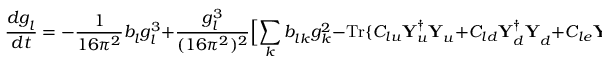
{ \frac { d g _ { l } ^ { } } { d t } } = - { \frac { 1 } { 1 6 \pi ^ { 2 } } } b _ { l } ^ { } g _ { l } ^ { 3 } + { \frac { g _ { l } ^ { 3 } } { ( 1 6 \pi ^ { 2 } ) ^ { 2 } } } \Bigl [ \sum _ { k } b _ { l k } ^ { } g _ { k } ^ { 2 } - \mathrm { T r } \{ C _ { l u } { \bf Y } _ { u } ^ { \dagger } { \bf Y } _ { u } ^ { } + C _ { l d } { \bf Y } _ { d } ^ { \dagger } { \bf Y } _ { d } ^ { } + C _ { l e } { \bf Y } _ { e } ^ { \dagger } { \bf Y } _ { e } ^ { } \} \Bigr ]